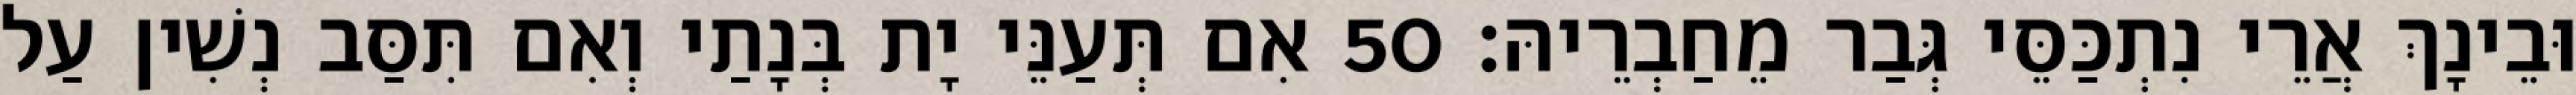
וּבֵינָךְ אֲרֵי נִתְכַּסֵּי גְּבַר מֵחַבְרֵיהּ׃ 50 אִם תְּעַנֵּי יָת בְּנָתַי וְאִם תִּסַּב נְשִׁין עַל